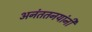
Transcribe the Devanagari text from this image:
अनंततनयांनी